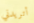
أتريدني